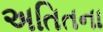
અતિતના